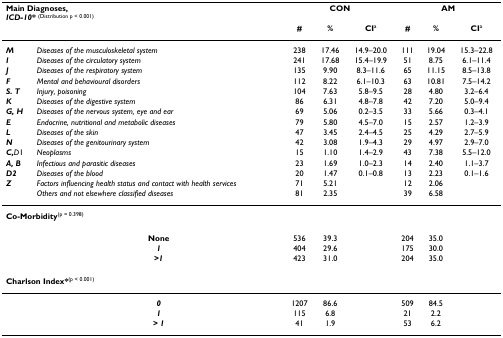
<table><thead><tr><td colspan="2"><b>Main Diagnoses,<i>ICD-10</i>* <sup>(Distribution p &lt; 0.001)</sup></b></td><td colspan="3"><b>CON</b></td><td colspan="3"><b>AM</b></td></tr><tr><td></td><td></td><td><b>#</b></td><td><b>%</b></td><td><b>CI<sup>a</sup></b></td><td><b>#</b></td><td><b>%</b></td><td><b>CI<sup>a</sup></b></td></tr></thead><tbody><tr><td><b><i>M</i></b></td><td><i>Diseases of the musculoskeletal system</i></td><td>238</td><td>17.46</td><td>14.9–20.0</td><td>111</td><td>19.04</td><td>15.3–22.8</td></tr><tr><td><b><i>I</i></b></td><td><i>Diseases of the circulatory system</i></td><td>241</td><td>17.68</td><td>15.4–19.9</td><td>51</td><td>8.75</td><td>6.1–11.4</td></tr><tr><td><b><i>J</i></b></td><td><i>Diseases of the respiratory system</i></td><td>135</td><td>9.90</td><td>8.3–11.6</td><td>65</td><td>11.15</td><td>8.5–13.8</td></tr><tr><td><b><i>F</i></b></td><td><i>Mental and behavioural disorders</i></td><td>112</td><td>8.22</td><td>6.1–10.3</td><td>63</td><td>10.81</td><td>7.5–14.2</td></tr><tr><td><b><i>S. T</i></b></td><td><i>Injury, poisoning</i></td><td>104</td><td>7.63</td><td>5.8–9.5</td><td>28</td><td>4.80</td><td>3.2–6.4</td></tr><tr><td><b><i>K</i></b></td><td><i>Diseases of the digestive system</i></td><td>86</td><td>6.31</td><td>4.8–7.8</td><td>42</td><td>7.20</td><td>5.0–9.4</td></tr><tr><td><b><i>G, H</i></b></td><td><i>Diseases of the nervous system, eye and ear</i></td><td>69</td><td>5.06</td><td>0.2–3.5</td><td>33</td><td>5.66</td><td>0.3–4.1</td></tr><tr><td><b><i>E</i></b></td><td><i>Endocrine, nutritional and metabolic diseases</i></td><td>79</td><td>5.80</td><td>4.5–7.0</td><td>15</td><td>2.57</td><td>1.2–3.9</td></tr><tr><td><b><i>L</i></b></td><td><i>Diseases of the skin</i></td><td>47</td><td>3.45</td><td>2.4–4.5</td><td>25</td><td>4.29</td><td>2.7–5.9</td></tr><tr><td><b><i>N</i></b></td><td><i>Diseases of the genitourinary system</i></td><td>42</td><td>3.08</td><td>1.9–4.3</td><td>29</td><td>4.97</td><td>2.9–7.0</td></tr><tr><td><b><i>C,</i></b><i>D</i>1</td><td><i>Neoplasms</i></td><td>15</td><td>1.10</td><td>1.4–2.9</td><td>43</td><td>7.38</td><td>5.5–12.0</td></tr><tr><td><b><i>A, B</i></b></td><td><i>Infectious and parasitic diseases</i></td><td>23</td><td>1.69</td><td>1.0–2.3</td><td>14</td><td>2.40</td><td>1.1–3.7</td></tr><tr><td><b><i>D2</i></b></td><td><i>Diseases of the blood</i></td><td>20</td><td>1.47</td><td>0.1–0.8</td><td>13</td><td>2.23</td><td>0.1–1.6</td></tr><tr><td><b><i>Z</i></b></td><td><i>Factors influencing health status and contact with health services</i></td><td>71</td><td>5.21</td><td></td><td>12</td><td>2.06</td><td></td></tr><tr><td></td><td><i>Others and not elsewhere classified diseases</i></td><td>81</td><td>2.35</td><td></td><td>39</td><td>6.58</td><td></td></tr><tr><td colspan="2"><b>Co-Morbidity</b><sup>(p = 0.398)</sup></td><td></td><td></td><td></td><td></td><td></td><td></td></tr><tr><td></td><td><b>None</b></td><td>536</td><td>39.3</td><td></td><td>204</td><td>35.0</td><td></td></tr><tr><td></td><td><b><i>1</i></b></td><td>404</td><td>29.6</td><td></td><td>175</td><td>30.0</td><td></td></tr><tr><td></td><td><b><i>&gt;1</i></b></td><td>423</td><td>31.0</td><td></td><td>204</td><td>35.0</td><td></td></tr><tr><td colspan="2"><b>Charlson Index*</b><sup>(p &lt; 0.001)</sup></td><td></td><td></td><td></td><td></td><td></td><td></td></tr><tr><td></td><td><b><i>0</i></b></td><td>1207</td><td>86.6</td><td></td><td>509</td><td>84.5</td><td></td></tr><tr><td></td><td><b><i>1</i></b></td><td>115</td><td>6.8</td><td></td><td>21</td><td>2.2</td><td></td></tr><tr><td></td><td><b><i>&gt; 1</i></b></td><td>41</td><td>1.9</td><td></td><td>53</td><td>6.2</td><td></td></tr></tbody></table>